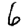
Digit: 6